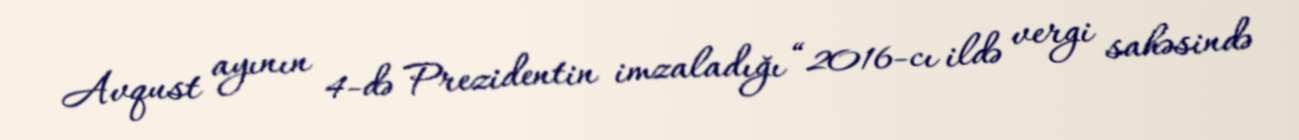
Avqust ayının 4-də Prezidentin imzaladığı “2016-cı ildə vergi sahəsində